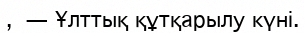
, — Ұлттық құтқарылу күні.